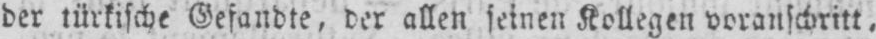
der türkische Gesandte, der allen seinen Kollegen voranschritt,